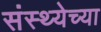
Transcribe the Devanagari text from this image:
संस्थ्येच्या